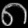
Digit: ၈